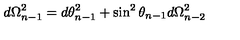
d \Omega _ { n - 1 } ^ { 2 } = d \theta _ { n - 1 } ^ { 2 } + \sin ^ { 2 } \theta _ { n - 1 } d \Omega _ { n - 2 } ^ { 2 }